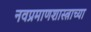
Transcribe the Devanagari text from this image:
नवप्रमाणशास्त्राच्या